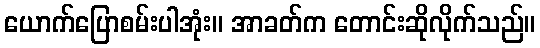
ယောက်ပြောစမ်းပါအုံး။ အာခတ်က တောင်းဆိုလိုက်သည်။